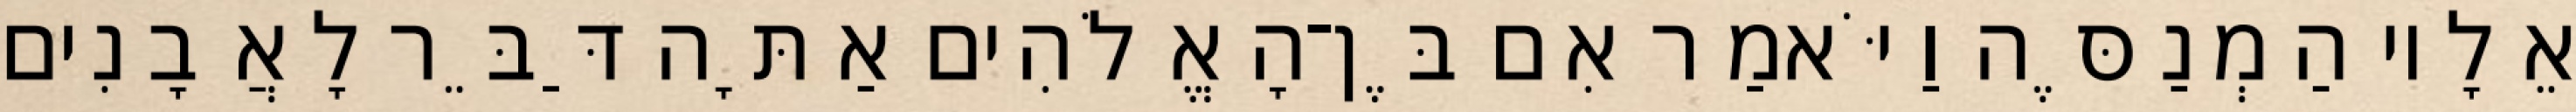
אֵלָיו הַמְנַסֶּה וַיֹּאמַר אִם בֶּן־הָאֱלֹהִים אַתָּה דַּבֵּר לָאֲבָנִים